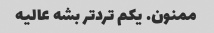
ممنون. یکم ترد‌تر بشه عالیه